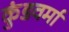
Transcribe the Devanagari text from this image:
कुंडवर्मा